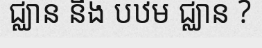
ជ្ឈាន និង បឋម ជ្ឈាន ?